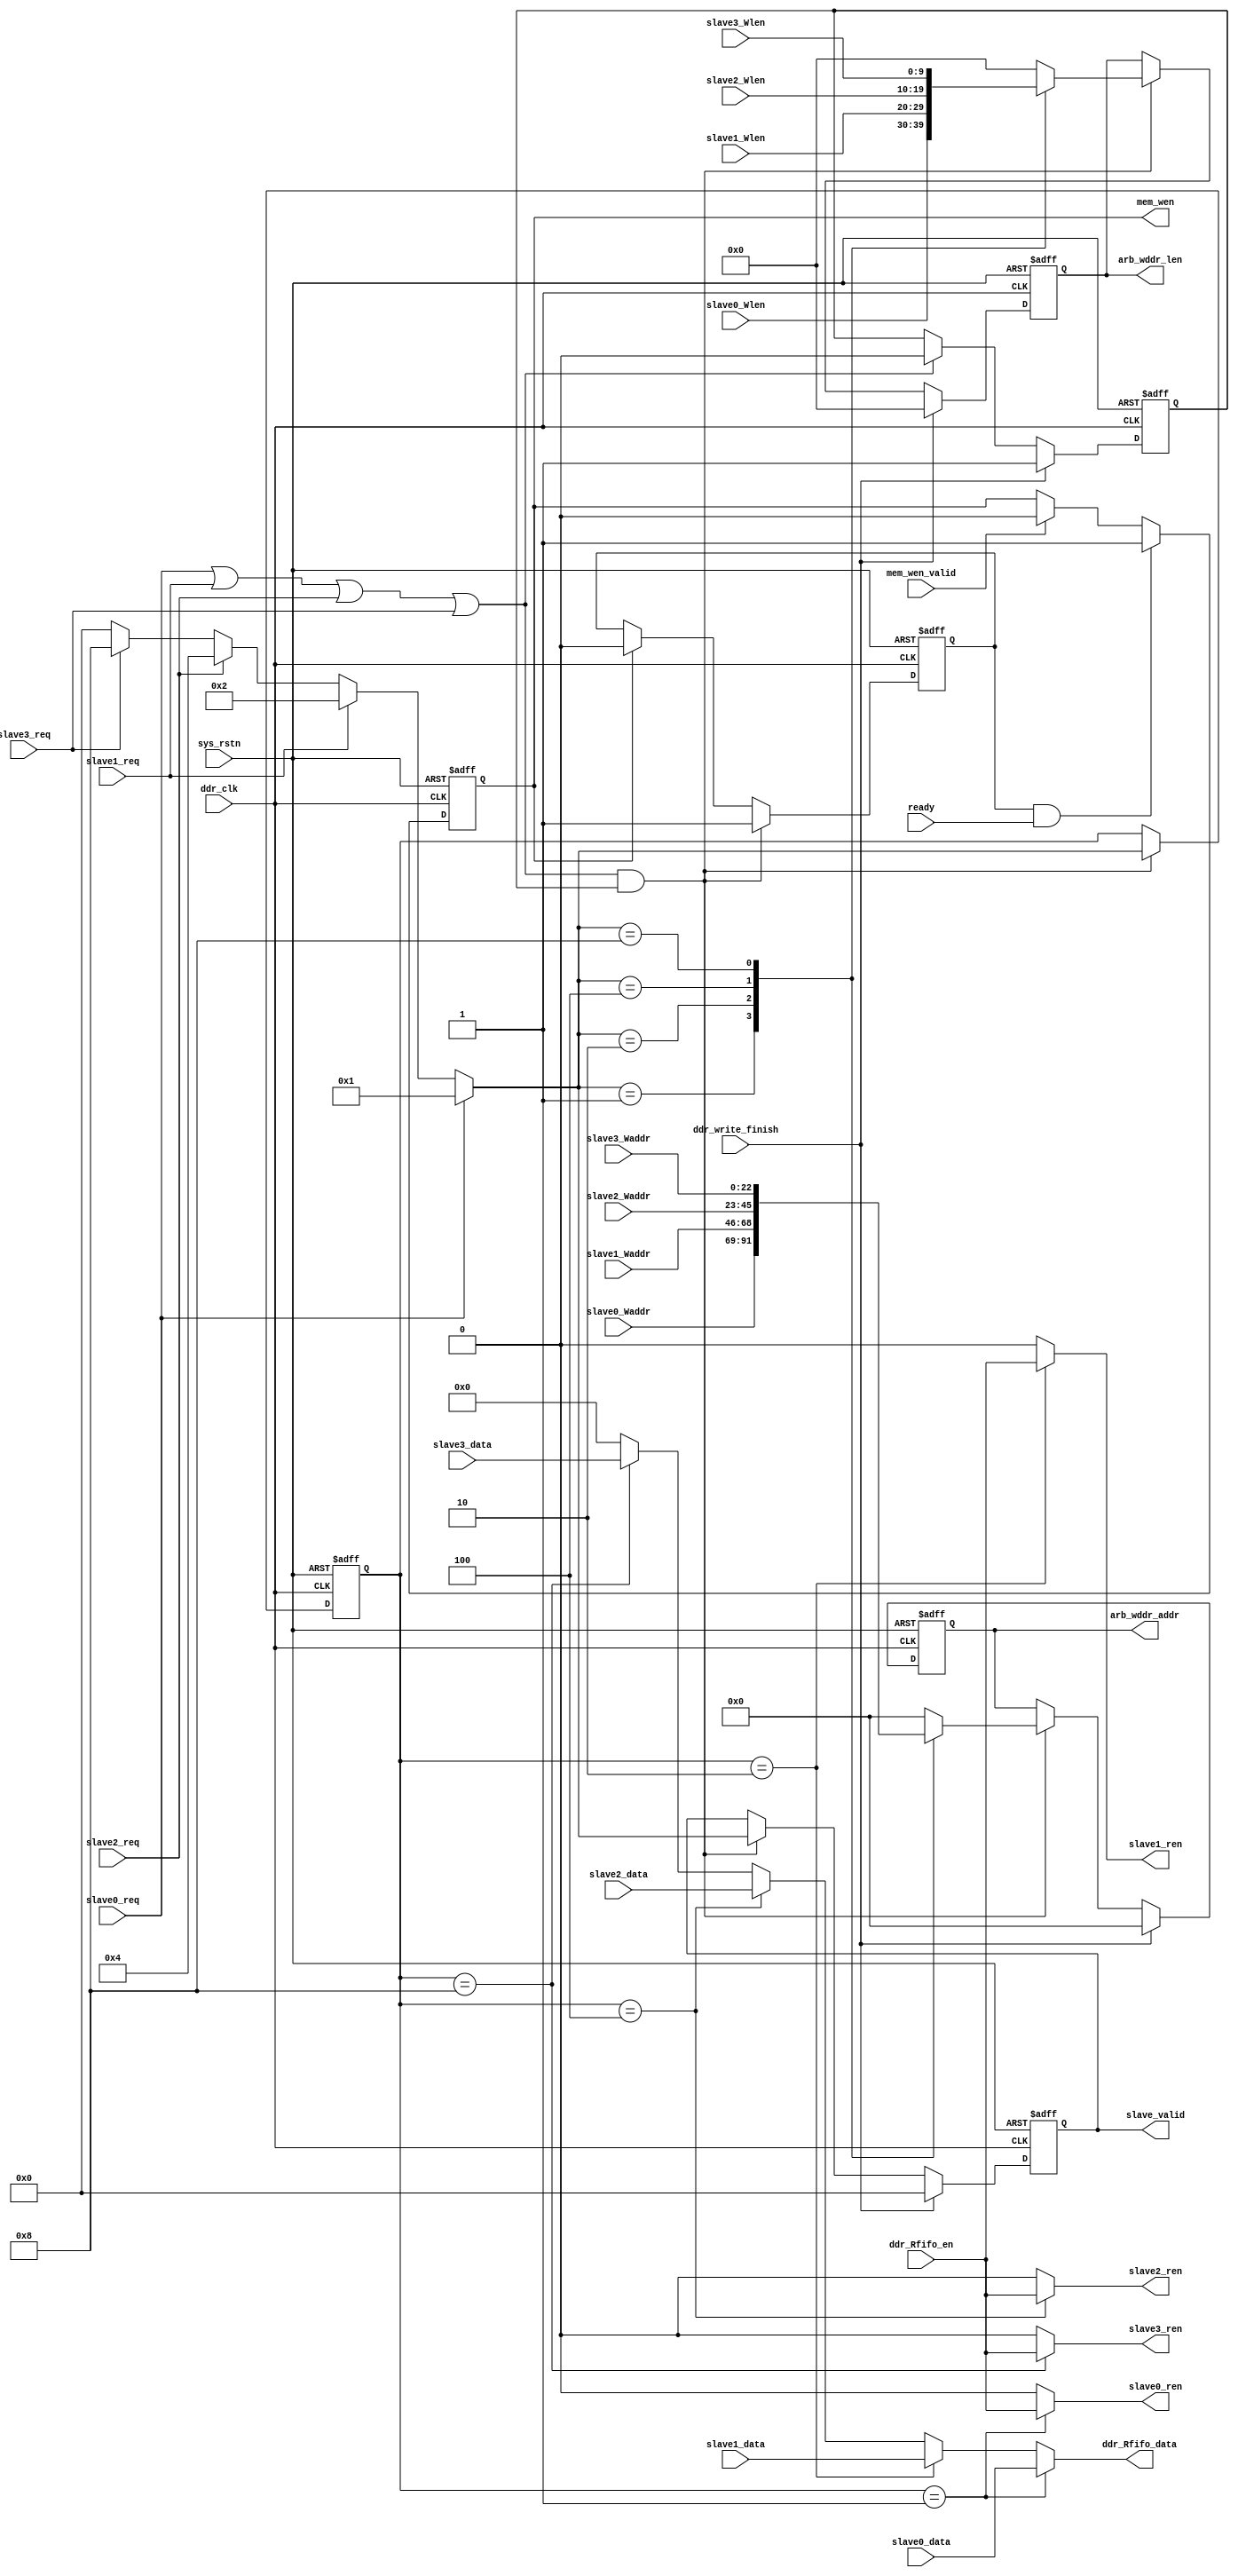
module arbitrate_ctrl 
#(
    parameter slave_num = 4'd4
)
(
    input wire            ddr_clk          ,
    input wire            sys_rstn         ,
    output reg  [3: 0]    slave_valid      ,
//slave0
    input  wire           slave0_req       ,
    input  wire [22: 0]   slave0_Waddr     ,
    input  wire [9: 0]    slave0_Wlen      ,
    input  wire [31: 0]   slave0_data      ,
    output wire           slave0_ren       ,
//slave1
    input  wire           slave1_req       ,
    input  wire [22: 0]   slave1_Waddr     ,
    input  wire [9: 0]    slave1_Wlen      ,
    input  wire [31: 0]   slave1_data      ,
    output wire           slave1_ren       ,
//slave2
    input  wire           slave2_req       ,
    input  wire [22: 0]   slave2_Waddr     ,
    input  wire [9: 0]    slave2_Wlen      ,
    input  wire [31: 0]   slave2_data      ,
    output wire           slave2_ren       ,
//slave3
    input wire            slave3_req       ,
    input  wire [22: 0]   slave3_Waddr     ,
    input  wire [9: 0]    slave3_Wlen      ,
    input  wire [31: 0]   slave3_data      ,
    output wire           slave3_ren       ,
//from ddr_wr_crtl
    input wire            ready            ,
    input wire            ddr_write_finish ,
//to ddr_wrctrl
    output reg  [22: 0]   arb_wddr_addr    ,
    output reg  [9: 0]    arb_wddr_len     ,
    input  wire           ddr_Rfifo_en     ,
    output wire [31: 0]   ddr_Rfifo_data   ,
    output reg            mem_wen          ,
    input  wire           mem_wen_valid    
    
);
    
reg  [3:0]    sellect_num    ;
reg           arbitrate_ready;                           //arbitrate is ready for request from slave 0-3
reg           mem_wen_exact  ; 
wire [3:0]    primary_num    ;
wire          slave_req_flag ; 

always @(posedge ddr_clk or negedge sys_rstn) begin
    if (!sys_rstn) begin
        sellect_num <= 4'd0;
    end 
    else if (slave_req_flag && arbitrate_ready) begin
        sellect_num <= primary_num ;
    end
end 
always @(posedge ddr_clk or negedge sys_rstn) begin
    if (!sys_rstn ) begin
        arbitrate_ready <= 1'b1;
    end 
    else if (ddr_write_finish) begin
        arbitrate_ready <= 1'b1;
    end 
    else if (slave_req_flag) begin
        arbitrate_ready <= 1'b0;
    end 
    else begin
        arbitrate_ready <= arbitrate_ready ;
    end
end 
always @(posedge ddr_clk or negedge sys_rstn) begin
    if (!sys_rstn) begin
        slave_valid <= 4'd0 ;
    end 
    else if (ddr_write_finish) begin
        slave_valid <= 4'd0 ;
    end
    else if (slave_req_flag && arbitrate_ready) begin
        slave_valid <= primary_num ;
    end 
end 
// arb_wddr_addr
always @(posedge ddr_clk or negedge sys_rstn) begin
    if (!sys_rstn ) begin
        arb_wddr_addr <= 23'd0;
    end 
    else if (ddr_write_finish) begin
        arb_wddr_addr <= 23'd0;
    end 
    else if (slave_req_flag && arbitrate_ready) begin
        case (primary_num)
            4'd1: begin
                arb_wddr_addr <= slave0_Waddr[22:0] ;
            end 
            4'd2:begin 
                arb_wddr_addr <= slave1_Waddr[22:0] ;
            end 
            4'd4:begin 
                arb_wddr_addr <= slave2_Waddr[22:0] ;
            end 
            4'd8:begin 
                arb_wddr_addr <= slave3_Waddr[22:0] ;
            end 
            default: begin
                arb_wddr_addr <= 23'd0;
            end
        endcase
    end
end 
always @(posedge ddr_clk or negedge sys_rstn) begin
    if (!sys_rstn ) begin
        arb_wddr_len <= 10'd0;
    end 
    else if (ddr_write_finish) begin
        arb_wddr_len <= 10'd0;
    end 
    else if (slave_req_flag && arbitrate_ready) begin
        case (primary_num)
            4'd1: begin
                arb_wddr_len <= slave0_Wlen ;
            end 
            4'd2:begin 
                arb_wddr_len <= slave1_Wlen ;
            end 
            4'd4:begin 
                arb_wddr_len <= slave2_Wlen ;
            end 
            4'd8:begin 
                arb_wddr_len <= slave3_Wlen ;
            end 
            default: begin
                arb_wddr_len <= 10'd0;
            end
        endcase
    end
end 
//w_ddr unity
always @(posedge ddr_clk or negedge sys_rstn) begin
    if (!sys_rstn) begin
        mem_wen_exact <= 1'b0;
    end 
    else if (slave_req_flag&&arbitrate_ready) begin
        mem_wen_exact <= 1'b1;
    end 
    else if(mem_wen)begin
        mem_wen_exact <= 1'b0;
    end 
    else begin 
        mem_wen_exact <= mem_wen_exact ;
    end
end
always @(posedge ddr_clk or negedge sys_rstn) begin
    if (!sys_rstn) begin
        mem_wen <= 1'b0;
    end 
    else if (mem_wen_exact && ready) begin
        mem_wen <= 1'b1;
    end 
    else if (mem_wen_valid)begin 
        mem_wen <= 1'b0 ;
    end
    else begin 
        mem_wen <= mem_wen ;
    end 
end
assign slave_req_flag = slave0_req || slave1_req || slave2_req || slave3_req;
assign primary_num = slave0_req ? 4'd1:(slave1_req ? 4'd2:(slave2_req ? 4'd4 : (slave3_req ? 4'd8:4'd0)));
assign slave0_ren = (sellect_num == 4'd1) ? ddr_Rfifo_en :1'b0;
assign slave1_ren = (sellect_num == 4'd2) ? ddr_Rfifo_en :1'b0;
assign slave2_ren = (sellect_num == 4'd4) ? ddr_Rfifo_en :1'b0;
assign slave3_ren = (sellect_num == 4'd8) ? ddr_Rfifo_en :1'b0;
assign ddr_Rfifo_data = (sellect_num == 4'd1) ? slave0_data :(
                        (sellect_num == 4'd2) ? slave1_data :(
                        (sellect_num == 4'd4) ? slave2_data :(
                        (sellect_num == 4'd8) ? slave3_data :32'b0)));

endmodule